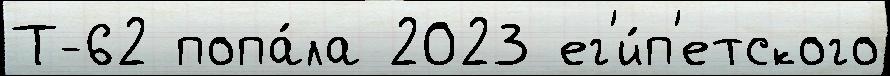
Т-62 попа́ла 2023 ег'и́п'етского